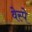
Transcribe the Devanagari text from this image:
वेस्पे